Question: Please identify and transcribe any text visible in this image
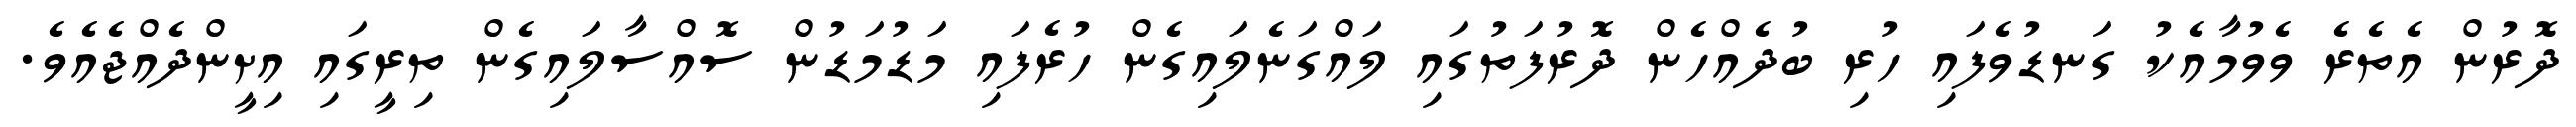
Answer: ދޮރުން އެތެރެ ވެވުމާއެކު ގަނޑުވެފައި ހުރި ބުދެއްހެން ދޮރުފަތުގައި ލައްގަނެލައިގެން ހުރެފައި މަޑުމަޑުން ސޮއްސާލައިގެން ތިރީގައި އިށީންދެއްޖެއެވެ.